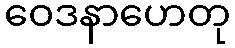
ဝေဒနာဟေတု